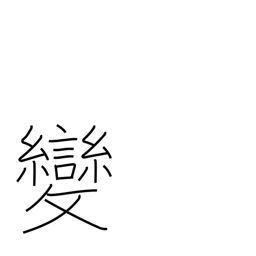
Meaning: strange